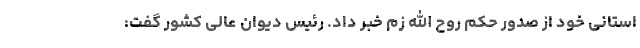
استانی خود از صدور حکم روح الله زم خبر داد. رئیس دیوان عالی کشور گفت: